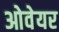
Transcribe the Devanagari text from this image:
ओवेयर